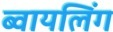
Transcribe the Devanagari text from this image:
ब्वायलिंग